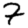
Digit: 7